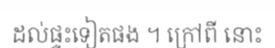
ដល់ផ្ទះទៀតផង ។ ក្រៅពី នោះ